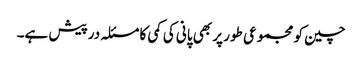
چین کو مجموعی طور پر بھی پانی کی کمی کا مسئلہ درپیش ہے۔